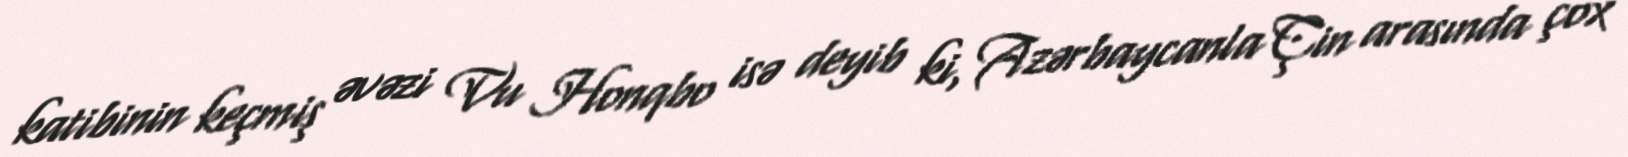
katibinin keçmiş əvəzi Vu Honqbo isə deyib ki, Azərbaycanla Çin arasında çox